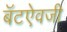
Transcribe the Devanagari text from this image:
बॅटऐवजी